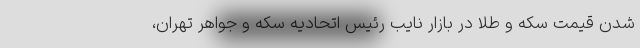
شدن قیمت سکه و طلا در بازار نایب رئیس اتحادیه سکه و جواهر تهران،